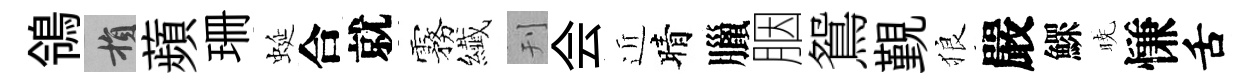
鴒損蘋珊蜒合就霧纎刊会近晴臘胭鴛覲狼嚴鰥暁慊舌